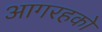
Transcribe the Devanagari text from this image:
आगरहको